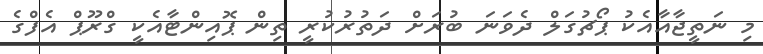
މި ނަތީޖާއާއެކު ޕޯޗުގަލް ދެވަނަ ބުރަށް ދަތުރުކުރީ ތިން ޕޮއިންޓާއެކީ ގްރޫޕް އެފްގެ